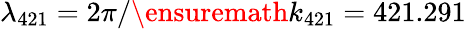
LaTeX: \lambda_{\mathrm{421}}=2\pi/\ensuremath{k_{421}}=421.291